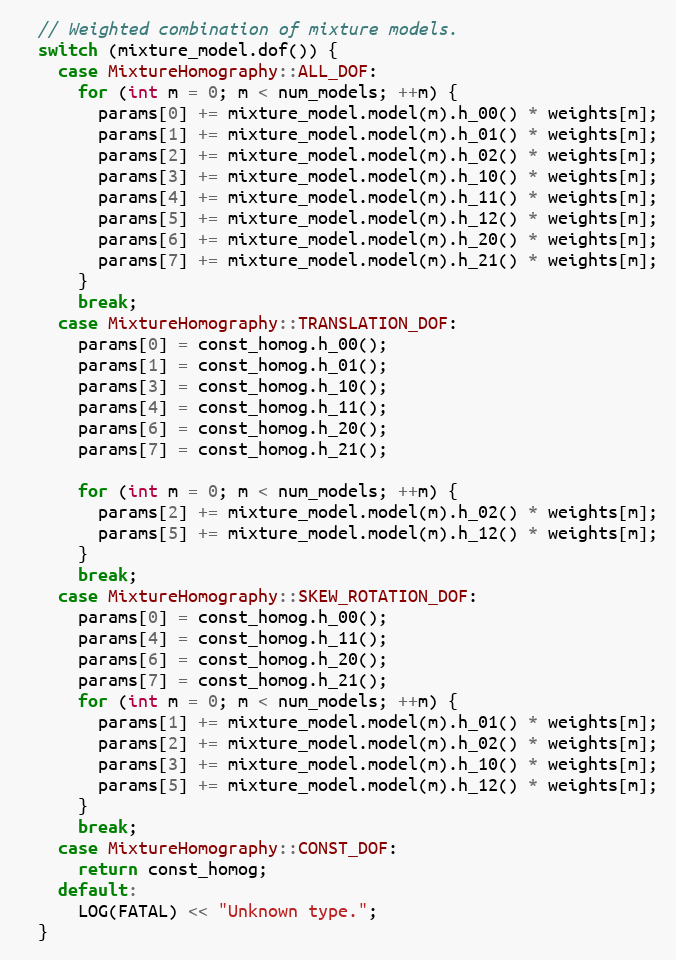
Language: C
  // Weighted combination of mixture models.
  switch (mixture_model.dof()) {
    case MixtureHomography::ALL_DOF:
      for (int m = 0; m < num_models; ++m) {
        params[0] += mixture_model.model(m).h_00() * weights[m];
        params[1] += mixture_model.model(m).h_01() * weights[m];
        params[2] += mixture_model.model(m).h_02() * weights[m];
        params[3] += mixture_model.model(m).h_10() * weights[m];
        params[4] += mixture_model.model(m).h_11() * weights[m];
        params[5] += mixture_model.model(m).h_12() * weights[m];
        params[6] += mixture_model.model(m).h_20() * weights[m];
        params[7] += mixture_model.model(m).h_21() * weights[m];
      }
      break;
    case MixtureHomography::TRANSLATION_DOF:
      params[0] = const_homog.h_00();
      params[1] = const_homog.h_01();
      params[3] = const_homog.h_10();
      params[4] = const_homog.h_11();
      params[6] = const_homog.h_20();
      params[7] = const_homog.h_21();

      for (int m = 0; m < num_models; ++m) {
        params[2] += mixture_model.model(m).h_02() * weights[m];
        params[5] += mixture_model.model(m).h_12() * weights[m];
      }
      break;
    case MixtureHomography::SKEW_ROTATION_DOF:
      params[0] = const_homog.h_00();
      params[4] = const_homog.h_11();
      params[6] = const_homog.h_20();
      params[7] = const_homog.h_21();
      for (int m = 0; m < num_models; ++m) {
        params[1] += mixture_model.model(m).h_01() * weights[m];
        params[2] += mixture_model.model(m).h_02() * weights[m];
        params[3] += mixture_model.model(m).h_10() * weights[m];
        params[5] += mixture_model.model(m).h_12() * weights[m];
      }
      break;
    case MixtureHomography::CONST_DOF:
      return const_homog;
    default:
      LOG(FATAL) << "Unknown type.";
  }